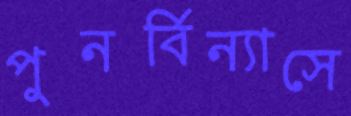
পুনর্বিন্যাসে